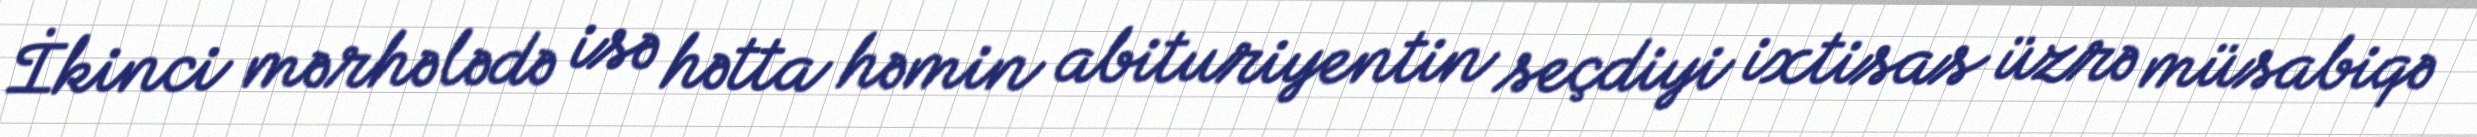
İkinci mərhələdə isə hətta həmin abituriyentin seçdiyi ixtisas üzrə müsabiqə